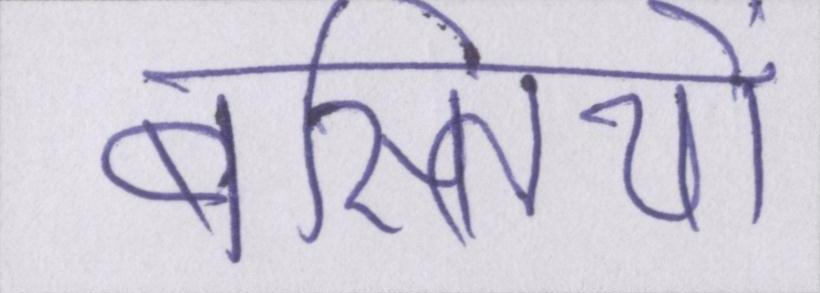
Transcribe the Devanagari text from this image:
बस्तियों